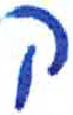
אות: ק